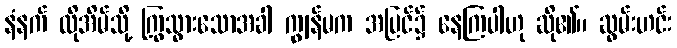
နံနက် ထိုအိမ်သို့ ကြွသွားသောအခါ ကျွန်မက အပြင်၌ နေကြပါဟု ဆို၏။ ဆွမ်းဟင်း